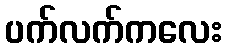
ပက်လက်ကလေး